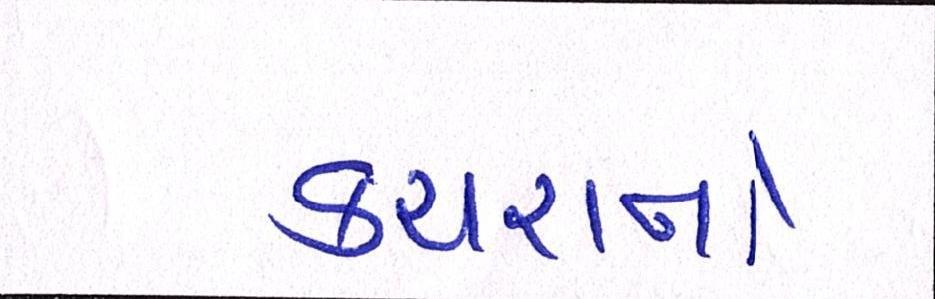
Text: કચરાનો